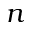
n